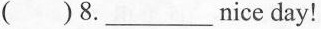
( )8. ___ nice day!